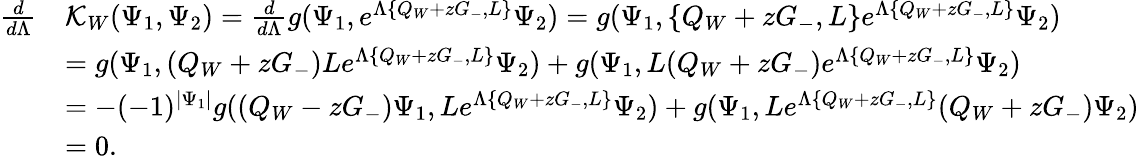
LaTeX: \begin{array}{rl}{\frac{d}{d\Lambda}}&{\mathcal{K}_{W}(\Psi_{1},\Psi_{2})=\frac{d}{d\Lambda}g(\Psi_{1},e^{\Lambda\{ Q_{W}+zG_{-},L\} }\Psi_{2})=g(\Psi_{1},\{ Q_{W}+zG_{-},L\} e^{\Lambda\{ Q_{W}+zG_{-},L\} }\Psi_{2})}\\ &{=g(\Psi_{1},(Q_{W}+zG_{-})Le^{\Lambda\{ Q_{W}+zG_{-},L\} }\Psi_{2})+g(\Psi_{1},L(Q_{W}+zG_{-})e^{\Lambda\{ Q_{W}+zG_{-},L\} }\Psi_{2})}\\ &{=-(-1)^{|\Psi_{1}|}g((Q_{W}-zG_{-})\Psi_{1},Le^{\Lambda\{ Q_{W}+zG_{-},L\} }\Psi_{2})+g(\Psi_{1},Le^{\Lambda\{ Q_{W}+zG_{-},L\} }(Q_{W}+zG_{-})\Psi_{2})}\\ &{=0.}\end{array}